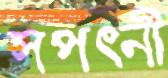
সপত্নী